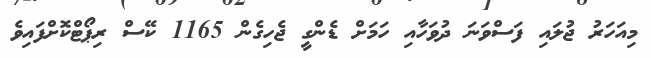
މިއަހަރު ޖުލައި ފަސްވަނަ ދުވަހާއި ހަމަށް ޑެންގީ ޖެހިގެން 1165 ކޭސް ރިޕޯޓްކޮށްފައިވެ